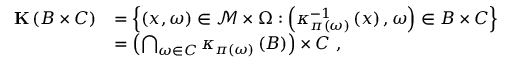
\begin{array} { r l } { \mathbf { K } \left( B \times C \right) } & { = \left\{ \left( x , \omega \right) \in \mathcal { M } \times \Omega : \left( \kappa _ { \pi \left( \omega \right) } ^ { - 1 } \left( x \right) , \omega \right) \in B \times C \right\} } \\ & { = \left( \bigcap _ { \omega \in C } \kappa _ { \pi \left( \omega \right) } \left( B \right) \right) \times C \ , } \end{array}